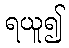
ရယူ၍